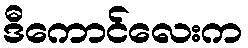
ဒီကောင်လေးက